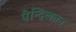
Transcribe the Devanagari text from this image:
पेन्दिलतन